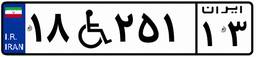
۱۸W۲۵۱۱۳